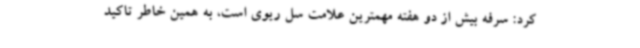
کرد: سرفه بیش از دو هفته مهمترین علامت سل ریوی است، به همین خاطر تاکید